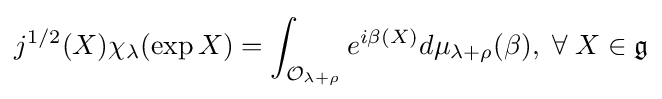
j^{1/2}(X)\chi _{\lambda }(\exp X)=\int _{{\mathcal {O}}_{\lambda +\rho }}e^{i\beta (X)}d\mu _{\lambda +\rho }(\beta ),\;\forall \;X\in {\mathfrak {g}}